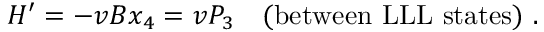
H ^ { \prime } = - v B x _ { 4 } = v P _ { 3 } \quad ( \mathrm { b e t w e e n ~ L L L ~ s t a t e s } ) \ .